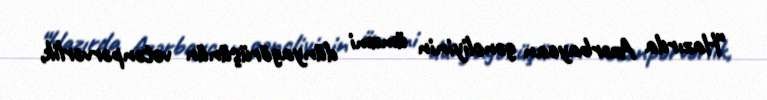
“Hazırda Azərbaycan gəncliyinin ümumi dünyagörüşünün vətənpərvərlik,